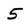
Character: 5